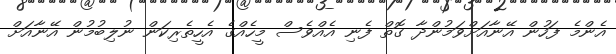
އެންމެ ފަހުން އޭނާއަށްވަމުންދާ ގޮތް ފެނި އެއްވެސް މީހެއްގެ އެހީތެރިކަން ނުލިބުމުން އޭނާއަށް